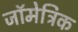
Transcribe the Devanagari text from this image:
जॉमेट्रिक